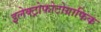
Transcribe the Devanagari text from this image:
इलेक्ट्रोफोटोग्राफिक